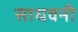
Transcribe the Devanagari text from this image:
साधवनी